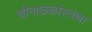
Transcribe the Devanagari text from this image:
चीनाछकांस्तथा